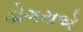
ડોગરાએ